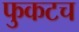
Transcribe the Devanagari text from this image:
फुकटच